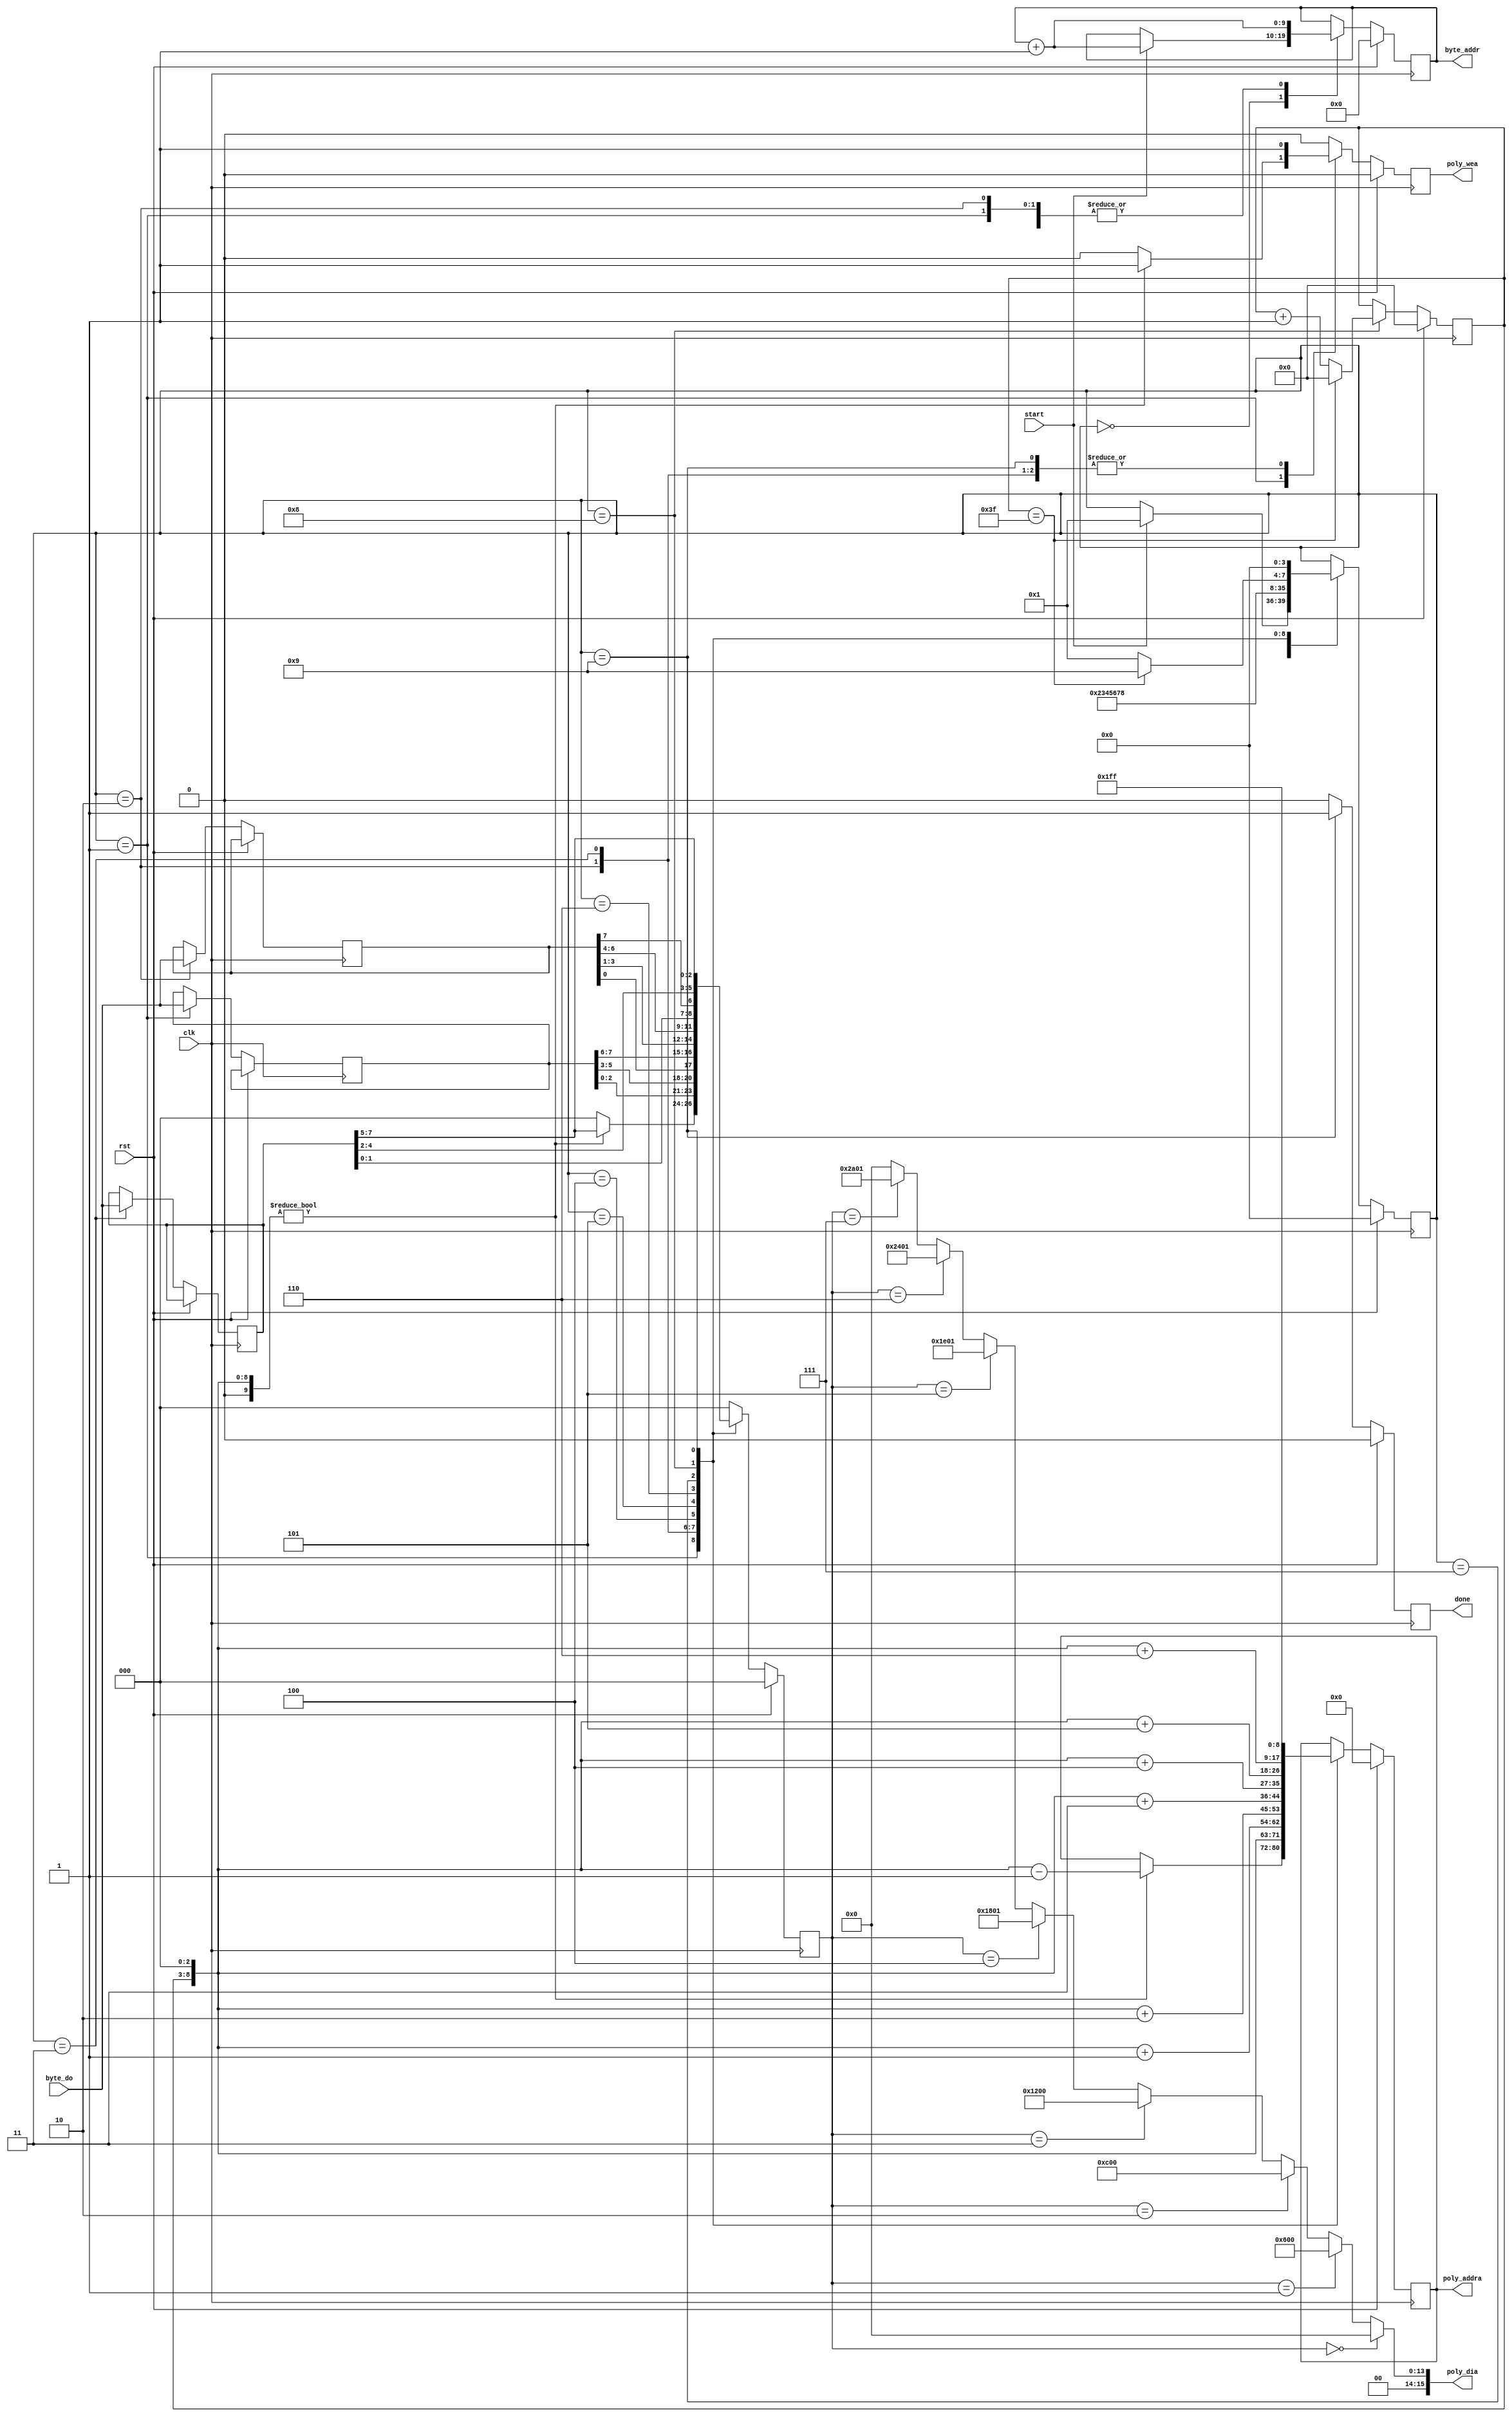
`timescale 1ns / 1ps
//////////////////////////////////////////////////////////////////////////////////
// Company: 
// Engineer: 
// 
// Design Name: 
// Module Name: decompressor
// Project Name: 
// Target Devices: 
// Tool Versions: 
// Description: 
// 
// Dependencies: 
// 
// Revision:
// Revision 0.01 - File Created
// Additional Comments:
// 
//////////////////////////////////////////////////////////////////////////////////


module decompressor(
    // basic inputs
    input clk,
    input rst,
    // control inputs
    input start,
    output reg done,
    // Input RAM signals
    output reg [9:0] byte_addr,
    input [7:0] byte_do,
    // output RAM signals
    output reg poly_wea,
    output reg [8:0] poly_addra,
    output [15:0] poly_dia
    );
    
    localparam
        HOLD             = 4'd0,
        LOAD_A0_STORE_R7 = 4'd1,
        LOAD_A1_STORE_R0 = 4'd2,
        LOAD_A2_STORE_R1 = 4'd3,
        STORE_R2         = 4'd4,
        STORE_R3         = 4'd5,
        STORE_R4         = 4'd6,
        STORE_R5         = 4'd7,
        STORE_R6         = 4'd8,
        FINAL_STORE_R7   = 4'd9;
    reg [3:0] state = HOLD, state_next;
    
    reg [5:0] c = 0;
    wire [9:0] i = {c, 3'b000};
    reg [7:0] a0, a1, a2;
    
    // MUX for 8 possible outputs
    reg [2:0] out_select = 0;
    assign poly_dia = (out_select == 0) ? 16'h0000 :
                      (out_select == 1) ? 16'h0600 :
                      (out_select == 2) ? 16'h0c00 :
                      (out_select == 3) ? 16'h1200 :
                      (out_select == 4) ? 16'h1801 :
                      (out_select == 5) ? 16'h1e01 :
                      (out_select == 6) ? 16'h2401 :
                      (out_select == 7) ? 16'h2a01 : 16'h0000;
    
    // combinational state logic
    always @(*) begin
        state_next = state;
    
        case (state) 
        HOLD: begin
            state_next = (start) ? LOAD_A0_STORE_R7 : state_next;
        end
        LOAD_A0_STORE_R7: begin
            state_next = LOAD_A1_STORE_R0;
        end
        LOAD_A1_STORE_R0: begin
            state_next = LOAD_A2_STORE_R1;
        end
        LOAD_A2_STORE_R1: begin
            state_next = STORE_R2;
        end      
        STORE_R2: begin
            state_next = STORE_R3;
        end 
        STORE_R3: begin
            state_next = STORE_R4;
        end
        STORE_R4: begin
            state_next = STORE_R5;
        end
        STORE_R5: begin
           state_next = STORE_R6;
        end
        STORE_R6: begin
           state_next = (c == 63) ? FINAL_STORE_R7 : LOAD_A0_STORE_R7;
        end
        FINAL_STORE_R7 : begin
            state_next = HOLD;
        end
        endcase
    end
    
    // sequential state logic
    always @(posedge clk) begin
        state <= (rst) ? HOLD : state_next;
    end
    
    always @(posedge clk) begin
        // defaults
        done <= 1'b0;
        byte_addr <= byte_addr;
        c <= c;
        
        // poly ram defaults
        poly_wea   <= 0;
        poly_addra <= poly_addra;
        out_select   <= 0;
    
        if (rst == 1'b1) begin
            c <= 0;
            byte_addr <= 0;
            poly_addra <= 0;
        end else begin
            case (state) 
            HOLD: begin
                if (start) begin
                    byte_addr <= byte_addr + 1;
                end
            end
            LOAD_A0_STORE_R7: begin
                a0 <= byte_do;
                byte_addr <= byte_addr + 1;
                
                if (i != 0) begin
                    poly_addra <= i - 1;
                    poly_wea <= 1;
                    out_select <= a2[7:5];
                end
            end
            LOAD_A1_STORE_R0: begin
                a1 <= byte_do;
                byte_addr <= byte_addr + 1;
                
                poly_addra <= i;
                poly_wea <= 1;
                out_select <= a0[2:0];
            end
            LOAD_A2_STORE_R1: begin
                a2 <= byte_do;
                
                poly_addra <= i + 1;
                poly_wea <= 1;
                out_select <= a0[5:3];
            end      
            STORE_R2: begin

                poly_addra <= i + 2;
                poly_wea <= 1;
                out_select <= {a1[0], a0[7:6]};
            end 
            STORE_R3: begin

                poly_addra <= i + 3;
                poly_wea <= 1;
                out_select <= a1[3:1];
            end
            STORE_R4: begin

                poly_addra <= i + 4;
                poly_wea <= 1;
                out_select <= a1[6:4];
            end
            STORE_R5: begin
            
                poly_addra <= i + 5;
                poly_wea <= 1;
                out_select <= {a2[1:0], a1[7]};
            end
            STORE_R6: begin
                byte_addr <= byte_addr + 1;
            
                poly_addra <= i + 6;
                poly_wea <= 1;
                out_select <= a2[4:2];
                c <= (c == 63) ? 0 : c + 1;
            end
            FINAL_STORE_R7 : begin
                poly_addra <= 511;
                poly_wea <= 1;
                out_select <= a2[7:5];
                
                done <= 1;
            end
            endcase
        end
    end
    
endmodule